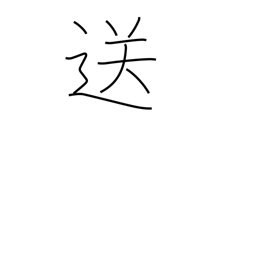
Meaning: send